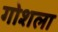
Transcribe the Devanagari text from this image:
गोशला